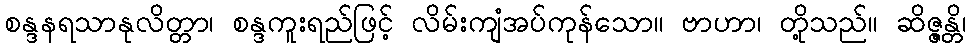
စန္ဒနရသာနုလိတ္တာ၊ စန္ဒကူးရည်ဖြင့် လိမ်းကျံအပ်ကုန်သော။ ဗာဟာ၊ တို့သည်။ ဆိဇ္ဇန္တိ၊